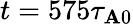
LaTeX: t=575\tau_{\mathbf{A}0}